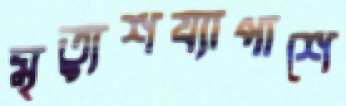
মৃত্যুশয্যাপাশে